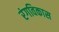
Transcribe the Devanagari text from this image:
रंगविकास